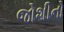
જોશીનો